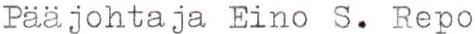
Pääjohtaja Eino S. Repo